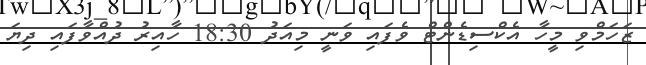
ޒަހަމްވި މީހާ އެކްސިޑެންޓް ވެފައި ވަނީ މިއަދު 18:30 ހާއިރު ދުއްވާފައި ދިޔަ